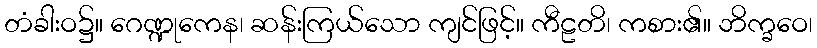
တံခါးဝ၌။ ဂေဏ္ဍုကေန၊ ဆန်းကြယ်သော ကျင်ဖြင့်။ ကီဠတိ၊ ကစား၏။ ဘိက္ခဝေ၊